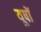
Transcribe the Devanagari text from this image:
यूषों